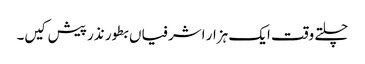
چلتے وقت ایک ہزار اشرفیاں بطور نذر پیش کیں۔